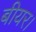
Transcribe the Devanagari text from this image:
बीयर।